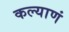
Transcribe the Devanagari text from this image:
कल्याणं